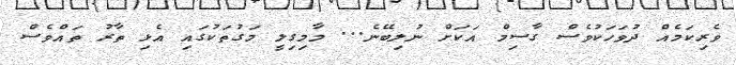
ވެރިކަމެއް ދުވަހަކުވެސް ގާސިމް އަކަށް ނުލިބޭނެ... މާމިގިލީ މަގުތަކުގައި އެޅި ތާރު ތައްވެސް